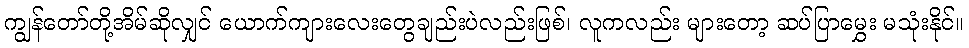
ကျွန်တော်တို့အိမ်ဆိုလျှင် ယောက်ကျားလေးတွေချည်းပဲလည်းဖြစ်၊ လူကလည်း များတော့ ဆပ်ပြာမွှေး မသုံးနိုင်။